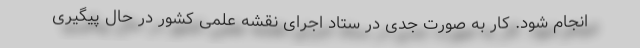
انجام شود. کار به صورت جدی در ستاد اجرای نقشه علمی کشور در حال پیگیری